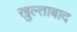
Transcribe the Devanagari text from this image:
खुल्ताबाद